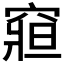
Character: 𥧍